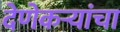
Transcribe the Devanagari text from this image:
देणेकऱ्यांचा